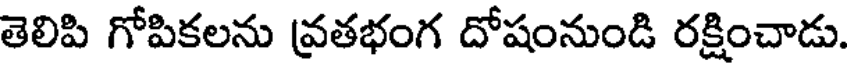
తెలిపి గోపికలను వ్రతభంగ దోషంనుండి రక్షించాడు.